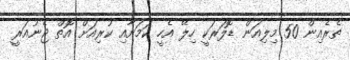
ތެރެއިން 50 މިލިއަން ޑޮލަރަކީ ހިލޭ އެހީ ކަމަށާއި ކުރިއަށް އޮތް ޖެނުއަރީ